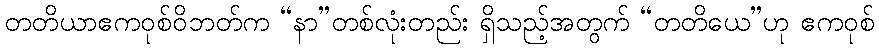
တတိယာဧကဝုစ်ဝိဘတ်က “နာ”တစ်လုံးတည်း ရှိသည့်အတွက် “တတိယေ”ဟု ဧကဝုစ်